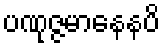
ပဏုဇ္ဇမာနေနပိ